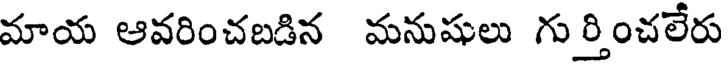
మాయ ఆవరించబడిన మనుషులు గు ర్తించలేరు